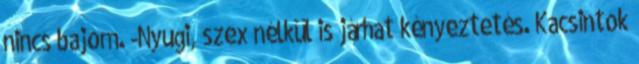
nincs bajom. -Nyugi, szex nélkül is járhat kényeztetés. Kacsintok